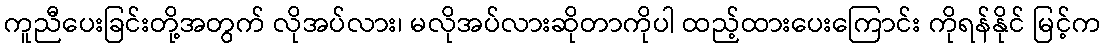
ကူညီပေးခြင်းတို့အတွက် လိုအပ်လား၊ မလိုအပ်လားဆိုတာကိုပါ ထည့်ထားပေးကြောင်း ကိုရန်နိုင် မြင့်က